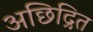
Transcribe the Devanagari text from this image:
अछिद्रित